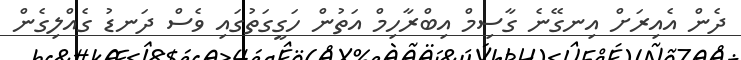
ދެން އެއިރަށް އިނގޭނެ ގާސިމް އިބްރާހިމް އަތުން ހަގީގަތުގައި ވެސް ދަނޑު ގެއްލިގެން